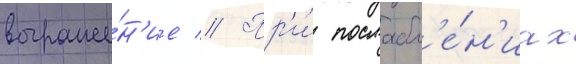
выраже́н'ие // Пр'и́ послабл'е́н'иах